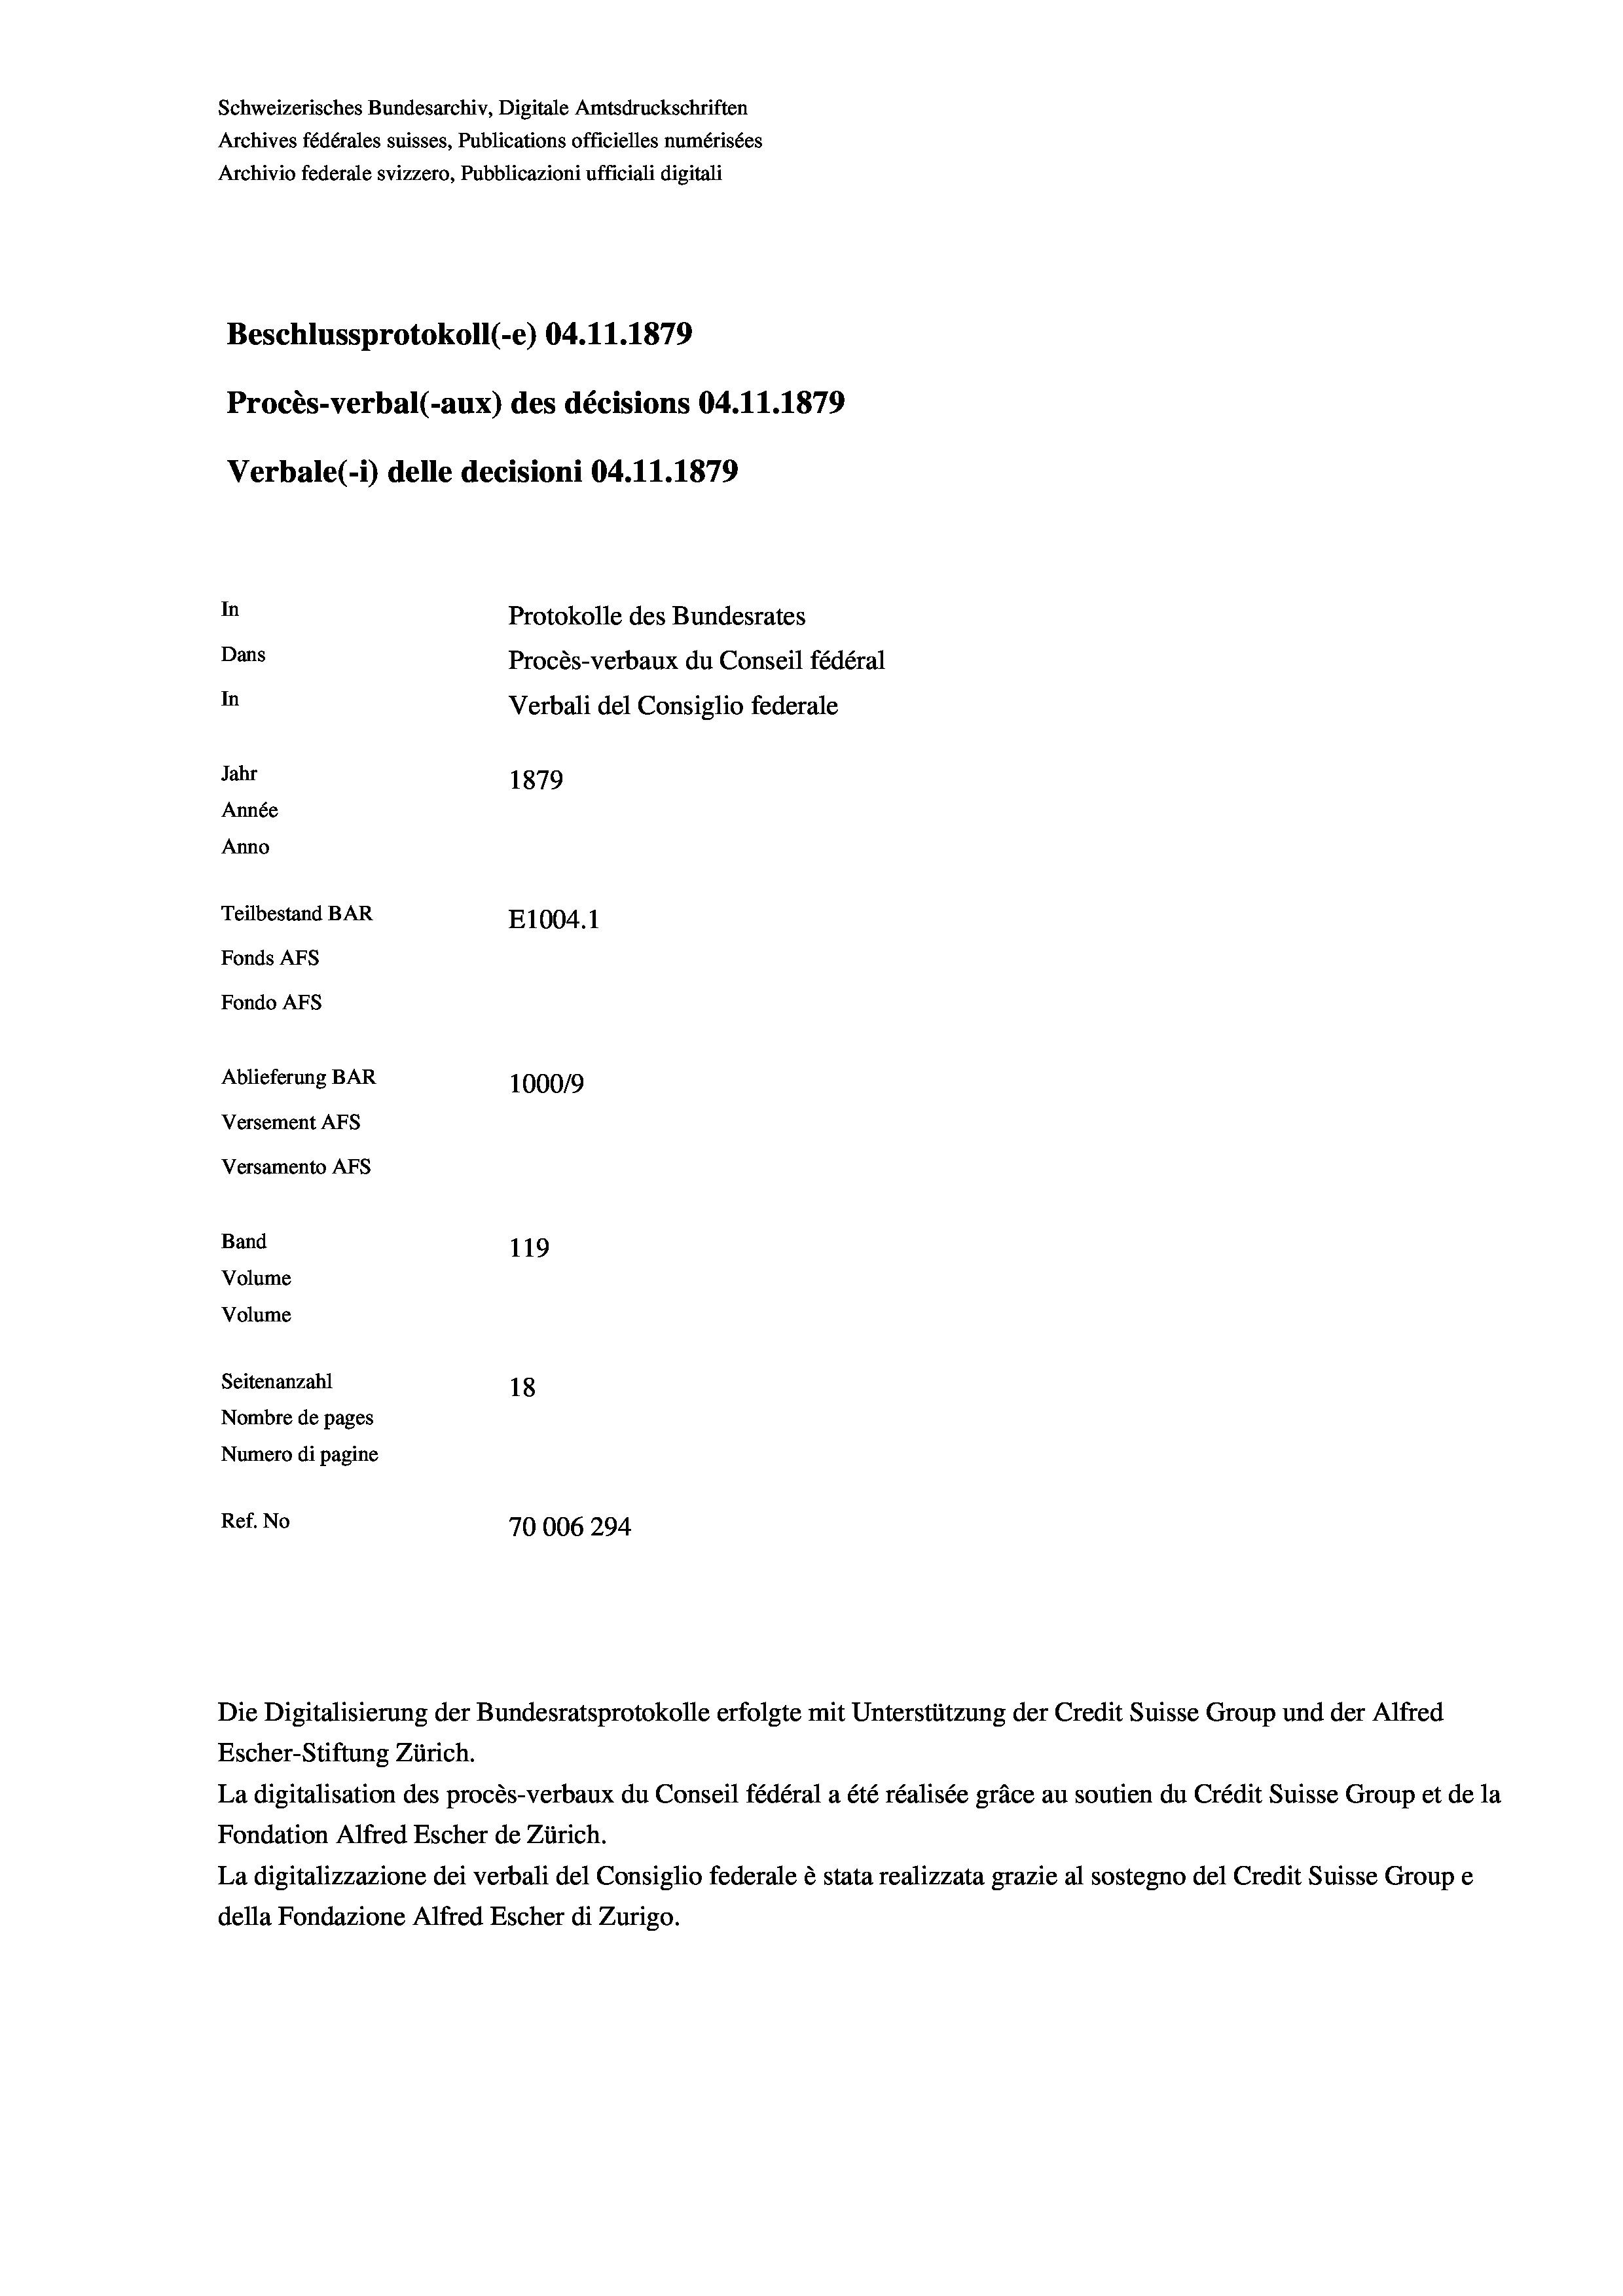
Schweizerisches Bundesarchiv, Digitale Amtsdruckschriften
Archives fédérales suisses, Publications officielles numérisées
Archivio federale svizzero, Pubblicazioni ufficiali digitali
Beschlussprotokoll (-e) 04.11.1879
Procès-verbal (-aux) des décisions 04.11.1879
Verbale (1) delle decisioni 04.11.1879
In
Protokolle des Bundesrates
Dans
Procès-verbaux du Conseil fédéral
In
Verbali del Consiglio federale
Jahr
1879
Année
Anno
Teilbestand BAR
E1004.1
Fonds Afs
Fondo AFs
Ablieferung BAR
1000/9
Versement Abs
Versamento Afs
Band
119
Volume
Volume
Seitenanzahl
18
Nombre de pages
Numero di pagine
Ref. No
70006294

Escher-Stiftung Zürich.
La digitalisation des procès-verbaux du Conseil fédéral a été réalisée gräce au soutien du Crédit Suisse Group et de la
Fondation Alfred Escher de Zürich.
La digitalizzazione dei verbali del Consiglio federale è stata realizzata grazie al sostegno del Credit Suisse Groupe
della Fondazione Alfred Escher di Zurigo.

Die Digitalisierung der Bundesratsprotokolle erfolgte mit Unterstützung der Credit Suisse Group und der Alfred